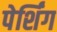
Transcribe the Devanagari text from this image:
पेर्शिंग